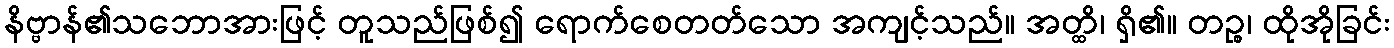
နိဗ္ဗာန်၏သဘောအားဖြင့် တူသည်ဖြစ်၍ ရောက်စေတတ်သော အကျင့်သည်။ အတ္ထိ၊ ရှိ၏။ တဉ္စ၊ ထိုအိုခြင်း